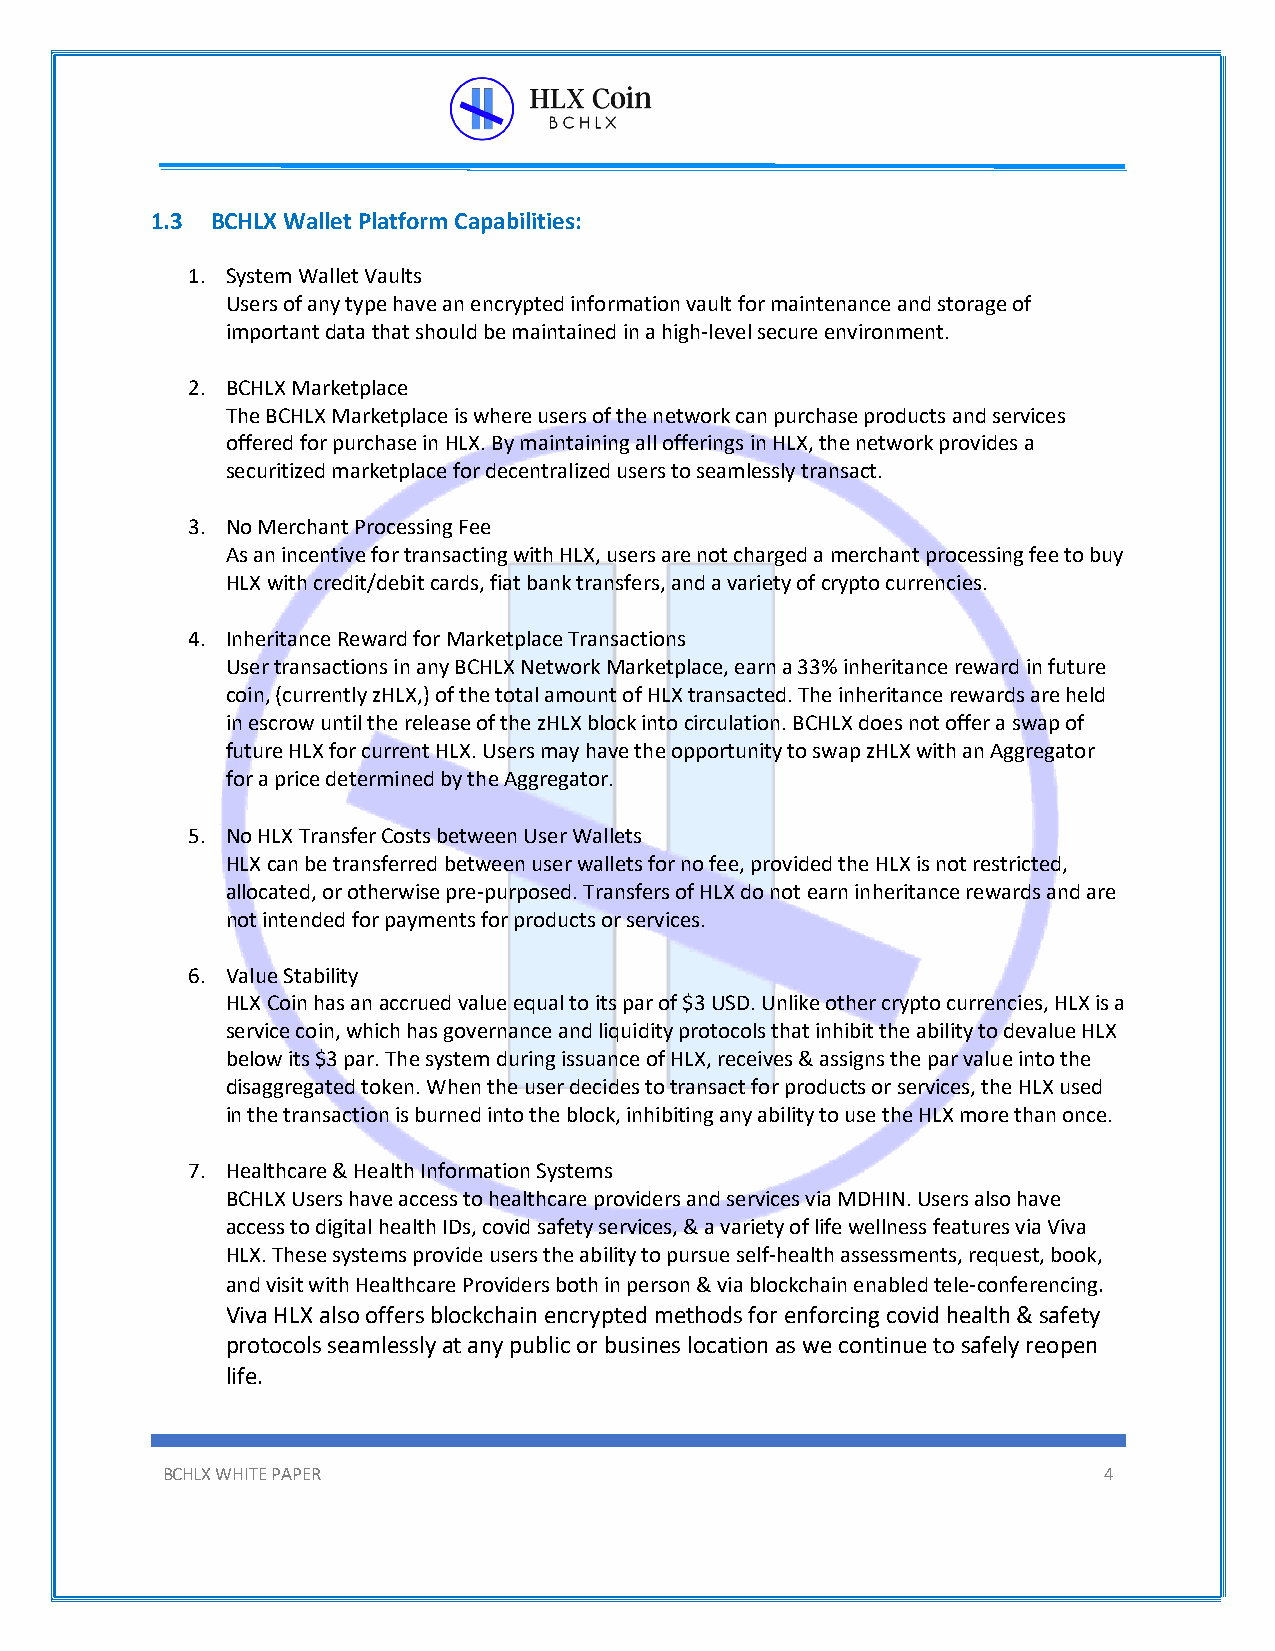
1.3 BCHLX Wallet Platform Capabilities:
 1. System Wallet Vaults
 Users of any type have an encrypted information vault for maintenance and storage of
 important data that should be maintained in a high-level secure environment.
 2. BCHLX Marketplace
 The BCHLX Marketplace is where users of the network can purchase products and services
 offered for purchase in HLX. By maintaining all offerings in HLX, the network provides a
 securitized marketplace for decentralized users to seamlessly transact.
 3. No Merchant Processing Fee
 As an incentive for transacting with HLX, users are not charged a merchant processing fee to buy
 HLX with credit/debit cards, fiat bank transfers, and a variety of crypto currencies.
 4. Inheritance Reward for Marketplace Transactions
 User transactions in any BCHLX Network Marketplace, earn a 33% inheritance reward in future
 coin, (currently zHLX,) of the total amount of HLX transacted. The inheritance rewards are held
 in escrow until the release of the zHLX block into circulation. BCHLX does not offer a swap of
 future HLX for current HLX. Users may have the opportunity to swap zHLX with an Aggregator
 for a price determined by the Aggregator.
 5. No HLX Transfer Costs between User Wallets
 HLX can be transferred between user wallets for no fee, provided the HLX is not restricted,
 allocated, or otherwise pre-purposed. Transfers of HLX do not earn inheritance rewards and are
 not intended for payments for products or services.
 6. Value Stability
 HLX Coin has an accrued value equal to its par of $3 USD. Unlike other crypto currencies, HLX is a
 service coin, which has governance and liquidity protocols that inhibit the ability to devalue HLX
 below its $3 par. The system during issuance of HLX, receives & assigns the par value into the
 disaggregated token. When the user decides to transact for products or services, the HLX used
 in the transaction is burned into the block, inhibiting any ability to use the HLX more than once.
 7. Healthcare & Health Information Systems
 BCHLX Users have access to healthcare providers and services via MDHIN. Users also have
 access to digital health IDs, covid safety services, & a variety of life wellness features via Viva
 HLX. These systems provide users the ability to pursue self-health assessments, request, book,
 and visit with Healthcare Providers both in person & via blockchain enabled tele-conferencing.
 Viva HLX also offers blockchain encrypted methods for enforcing covid health & safety
 protocols seamlessly at any public or busines location as we continue to safely reopen
 life.
 BCHLX WHITE PAPER                                             4